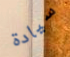
سيادة